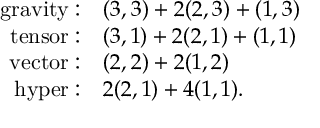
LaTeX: \begin{array} { r l } { { \mathrm { g r a v i t y } : } } & { { ( 3 , 3 ) + 2 ( 2 , 3 ) + ( 1 , 3 ) \nonumber } } \\ { { \mathrm { t e n s o r } : } } & { { ( 3 , 1 ) + 2 ( 2 , 1 ) + ( 1 , 1 ) \nonumber } } \\ { { \mathrm { v e c t o r } : } } & { { ( 2 , 2 ) + 2 ( 1 , 2 ) \nonumber } } \\ { { \mathrm { h y p e r } : } } & { { 2 ( 2 , 1 ) + 4 ( 1 , 1 ) . } } \end{array}